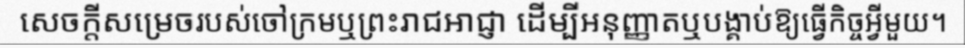
សេចក្តីសម្រេចរបស់ចៅក្រមឬព្រះរាជអាជ្ញា ដើម្បីអនុញ្ញាតឬបង្គាប់ឱ្យធ្វើកិច្ចអ្វីមួយ។